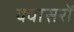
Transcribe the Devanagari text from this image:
क्वासरों